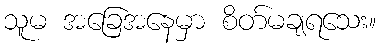
သူမ အခြေအနေမှာ စိတ်မချရသေး။